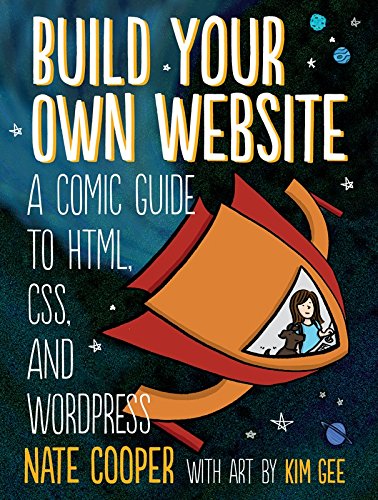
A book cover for Build Your Own Website: A Comic Guide to HTML, CSS, and WordPress; Nate Cooper; Humor & Entertainment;